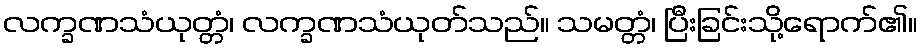
လက္ခဏသံယုတ္တံ၊ လက္ခဏသံယုတ်သည်။ သမတ္တံ၊ ပြီးခြင်းသို့ရောက်၏။